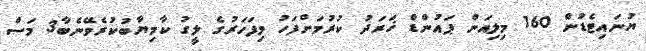
ޔުނައިޓެޑުން 160 މިލިއަން ޕައުންޑް ޚަރަދު ކުރުމަށްފަހު މިފަހަރުގެ ލީގު ކާމިޔާބުކުރެވޭނެބާ3 މަސް